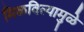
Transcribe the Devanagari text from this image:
मिळविल्यामुळे